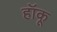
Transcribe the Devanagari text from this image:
हॉकू